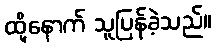
ထို့နောက် သူပြန်ခဲ့သည်။